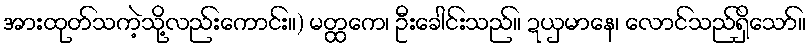
အားထုတ်သကဲ့သို့လည်းကောင်း။) မတ္ထကေ၊ ဦးခေါင်းသည်။ ဍယှမာနေ၊ လောင်သည်ရှိသော်။